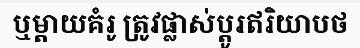
ឬម្តាយគំរូ ត្រូវផ្លាស់ប្តូរឥរិយាបថ